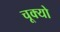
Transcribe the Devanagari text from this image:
चूक्यो